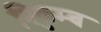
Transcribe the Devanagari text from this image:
निकुम्ब